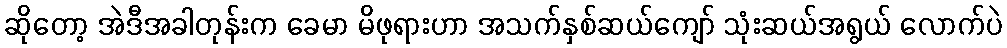
ဆိုတော့ အဲဒီအခါတုန်းက ခေမာ မိဖုရားဟာ အသက်နှစ်ဆယ်ကျော် သုံးဆယ်အရွယ် လောက်ပဲ